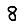
Digit: 8